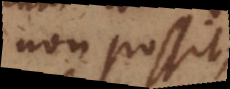
non possit;